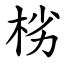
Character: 㭞